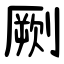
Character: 劂